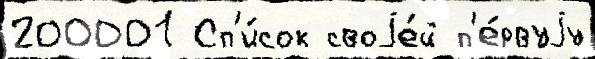
200001 Сп'и́сок своjе́й п'е́рвуjу